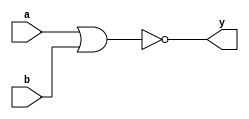
`timescale 1ns / 1ps
//////////////////////////////////////////////////////////////////////////////////
// Module Name: xup_nor2
//////////////////////////////////////////////////////////////////////////////////
module xup_nor2 #(parameter DELAY = 3)(
    input a,
    input b,
    output y
    );
    
    nor #DELAY (y,a,b);
    
endmodule